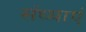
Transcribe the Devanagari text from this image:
संध्याएं